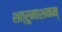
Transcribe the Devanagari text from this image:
शत्रुनाशनम्